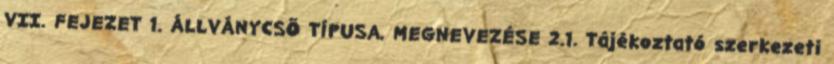
VII. FEJEZET 1. ÁLLVÁNYCSÕ TÍPUSA, MEGNEVEZÉSE 2.1. Tájékoztató szerkezeti